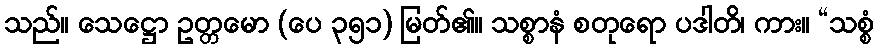
သည်။ သေဋ္ဌော ဥတ္တမော (ပေ ၃၅၁) မြတ်၏။ သစ္စာနံ စတုရော ပဒါတိ၊ ကား။ “သစ္စံ